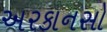
અરકાનસો